NAE_ERA_R-2632_ENSV_TA_Emakeele_Selts_1945-1955, lk 79
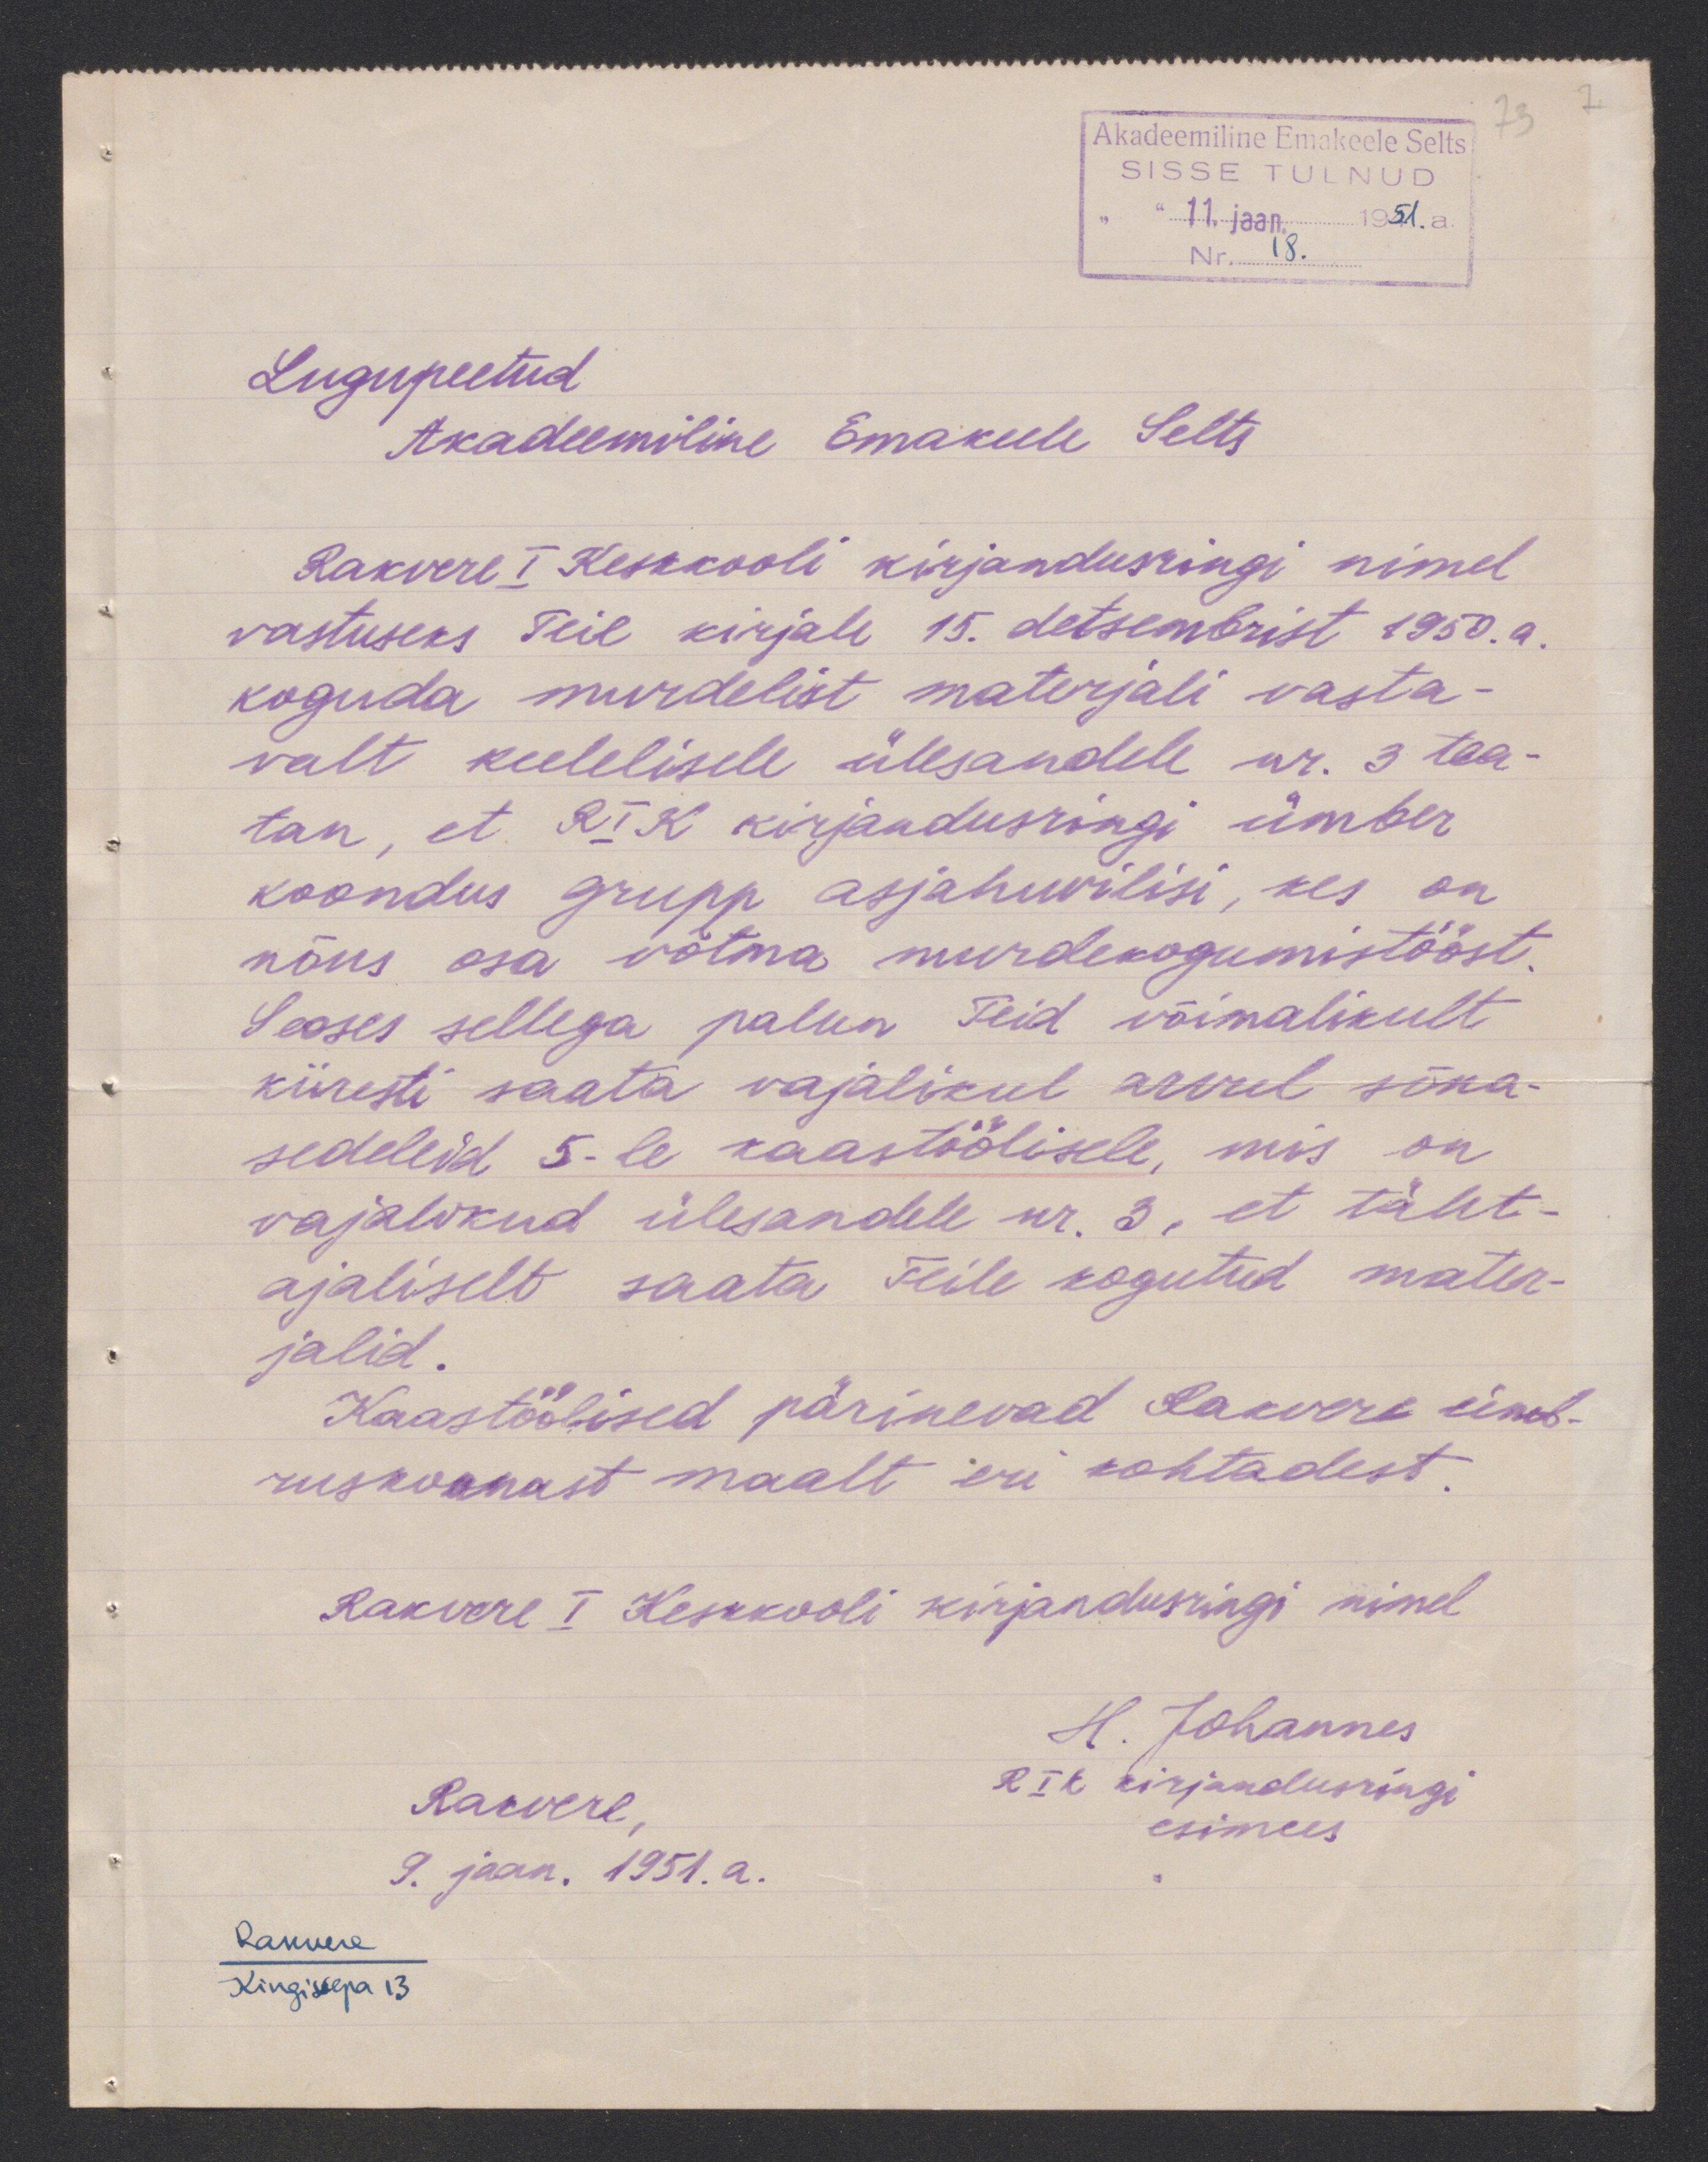
Akadeemiline Emakeele Selts
SISSE TULNUD
Lugupeetud
Akadeemiline Emakeele Selts
Rakvere I Keskkooli kirjandusringi nimel
vastuseks Teie kirjale 15. detsembrist 1950.a.
koguda murdelist materjali vasta-
valt keelelisele ülesandele nr. 3 tea-
tan, et RIK kirjandusrongi ümber
koondus grupp asjahuvilisi, kes on
nõus osa võtma murdekogumistööst.
Seoses sellega palun teid võimalikult
kiiresti saata vajalikul arvul sõna
sedeleid 5-le kaastöölisele, mis on
vajalikud ülesandele nr. 3, et täht-
ajaliselt saata Teile kogutud mater-
jalid.
Kaastöölised pärinevad Rakvere ümb-
ruskonnast maalt eri kohtadest.
Rakvere I Keskkooli kirjandusringi nimel
H. Johannes
RIK Kirjanduringi
Rakvere,
esimees
9. jaan. 1951. a.
Rakvere
Kingissepa 13